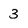
Character: 3